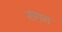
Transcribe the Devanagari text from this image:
रागत